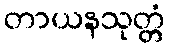
တာယနသုတ္တံ